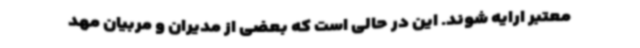
معتبر ارایه شوند. این در حالی است که بعضی از مدیران و مربیان مهد